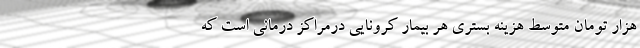
هزار تومان متوسط هزینه بستری هر بیمار کرونایی درمراکز درمانی است که